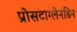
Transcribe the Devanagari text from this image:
प्रोसटाग्लेनडिन